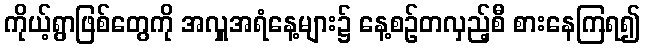
ကိုယ့်ရွာဖြစ်တွေကို အလှူအရံနေ့များ၌ နေ့စဉ်တလှည့်စီ စားနေကြရ၍